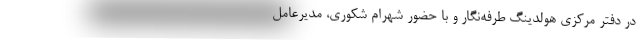
در دفتر مرکزی هولدینگ طرفه‌‌نگار و با حضور شهرام شکوری، مدیرعامل